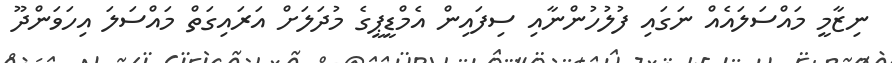
ނިޒާމީ މައްސަލައެއް ނަގައި ފުލުހުންނާއި ސިފައިން އެމްޑީޕީގެ މުދަަލަށް އަރައިގަތް މައްސަލަ އިހަވަންދޫ